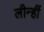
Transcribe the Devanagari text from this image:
लीन्‍हीं